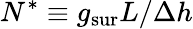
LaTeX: N^{*}\equiv{{g_{\mathrm{sur}}}L}/{\Delta h}